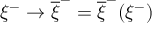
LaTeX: \xi ^ { - } \rightarrow \overline { { { \xi } } } ^ { - } = \overline { { { \xi } } } ^ { - } ( \xi ^ { - } )